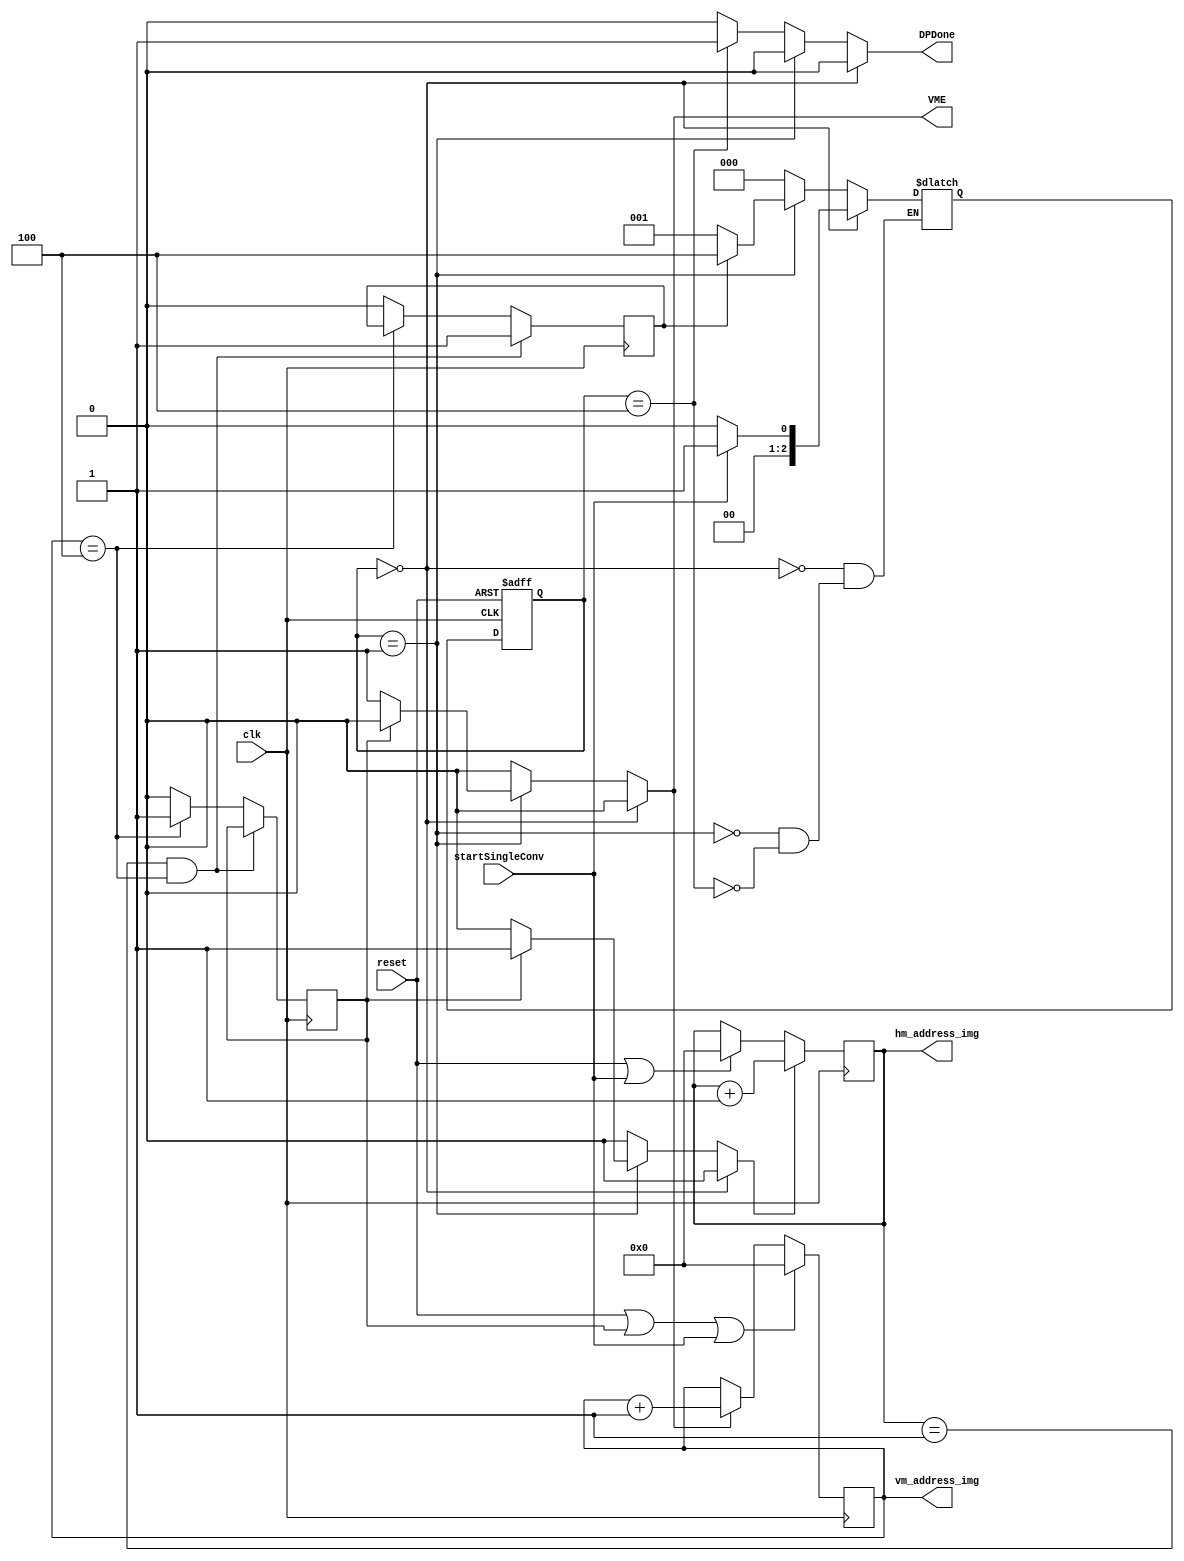
`timescale 1ns / 1ps
//////////////////////////////////////////////////////////////////////////////////
// Company: 
// Engineer: 
// 
// Design Name: 
// Module Name: single_convolution
// Project Name: 
// Target Devices: 
// Tool Versions: 
// Description: 
// 
// Dependencies: 
// 
// Revision:
// Revision 0.01 - File Created
// Additional Comments:
// 
//////////////////////////////////////////////////////////////////////////////////

/**
Instantiation Block
single_convolution #(
    .addressBitWidth(), //address BitWidth
    .paramBitWidth()
) uut (
    .clk(),
    .reset(),
    .startSingleConv(), //signal to start the module
    .Filter_rows(), // Number of filter rows
    .Filter_Cols(), // Number of Filter Columns
    .hm_address_img(), // current horizontal address 
    .vm_address_img(), // current vertical address
    .DPDone(), // signal saying address generation done
    .VME()
);
**/
module single_convolution #(
    parameter addressBitWidth = 16,
    parameter paramBitWidth = 16,
    parameter Filter_rows = 2,
    parameter Filter_Cols = 5
)(
    input clk,
    input reset,
    input startSingleConv,
//    input [paramBitWidth-1: 0] Filter_rows,
//    input [paramBitWidth-1: 0] Filter_Cols,
    output reg [addressBitWidth-1:0] hm_address_img,
    output reg [addressBitWidth-1:0] vm_address_img,
    output reg DPDone,
    output reg VME
    );
    
reg VMS, HME, HMS; //Horizonatal and vertical movement stop and enable signals for one dot product
reg [2:0] start = 3'b000,S1 = 3'b001, S2 = 3'b010, S3 = 3'b011, stop = 3'b100;
reg [2:0] current_state, next_state;
    
    /**
    Case 1: if reset is 1 then set the horizontal address to 0.
    case 2: if HME is one increment the horizontal address
    **/
    always @(posedge clk) begin
        if (HME) begin
            hm_address_img = hm_address_img + 1;
        end
        else if (reset || startSingleConv) begin
            hm_address_img <= 0;
        end
    end

    /**
    case 1: if reset then set the vm_address_img to 0
    case 2: if VME is 1 then increment the vm_address_img
    **/
    always @(posedge clk) begin
        if (reset || VMS || startSingleConv) begin
            vm_address_img <= 0;
        end
        else if (VME) begin
            vm_address_img <= vm_address_img + 1;
        end
    end
    
    /**
    when hm_address_img reaches the last row and vm_address_img reaches the last column of the dot product. 
    Raise the HMS otherwise HMS will always be at 0.
    When vm_address_img reaches the last column raise the VMS to 1 
    Otherwise VMS will be at 0
    **/
    always @(negedge clk) begin
        if (hm_address_img == Filter_rows-1 && vm_address_img == Filter_Cols-1) begin //need to stop at row 52 and column 63
            HMS <= 1'b1;
        end
        else if (vm_address_img == Filter_Cols-1) begin
            VMS <= 1'b1;
        end
        else begin
            HMS <= 1'b0;
            VMS <= 1'b0;
        end
    end
    
    //-------------------------- State Machine for one dot product----------------------------
    always @(posedge clk or posedge reset)begin
        if (reset) begin 
            current_state <= start;
        end
        else begin 
            current_state <= next_state;
        end
    end
    
    /**
    state machine to hold one dot product
    states Explanation
    start: will be in start untill it receives a startSingleConv signal
    S1: when horizontalMovement stop is reached go to stop.
    When vertical end is reached then go to next state
    else be in the same state
    S2: go to state 1
    stop: go to start
    **/
    always @(*) begin
        case (current_state)
            start:begin
                if (!startSingleConv) begin 
                    next_state = start;
                end
                else begin 
                    next_state = S1;
                end
            end
            S1: begin
                if(HMS) begin
                    next_state = stop;
                end
                else begin
                    next_state = S1;
                end
            end
            stop: begin
              next_state = start;
            end
        endcase
    end
    
    always @(*) begin
        DPDone = 1'b0;  HME = 1'b0; VME = 1'b0;
        case (current_state)
            start:begin
            end
            S1: begin
                if (VMS) begin
                    HME = 1'b1;
                end
                else begin
                    VME = 1'b1;
                end
            end
            stop: begin
              DPDone = 1'b1;
            end
        endcase
    end
endmodule